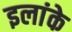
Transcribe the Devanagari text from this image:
इलांके